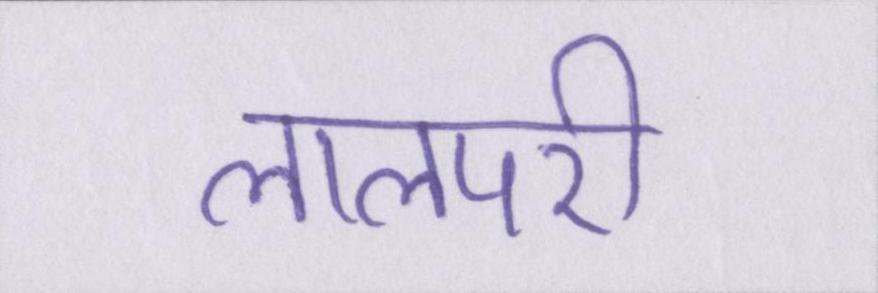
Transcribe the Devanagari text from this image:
लालपरी